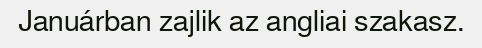
Januárban zajlik az angliai szakasz.